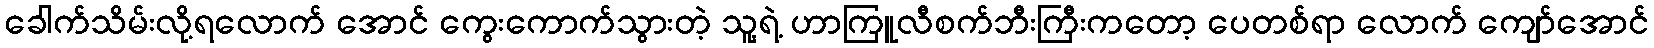
ခေါက်သိမ်းလို့ရလောက် အောင် ကွေးကောက်သွားတဲ့ သူ့ရဲ့ ဟာကြူလီစက်ဘီးကြီးကတော့ ပေတစ်ရာ လောက် ကျော်အောင်